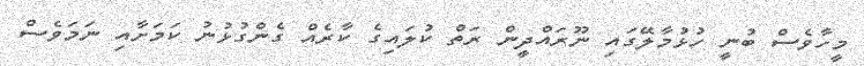
މީހާވެސް ބުނީ ހުޅުމާލޭގައި ނޫރައްދީން ރަތް ކުލައިގެ ކާރެއް ގެންގުޅުނު ކަމަށާއި ނަމަވެސް